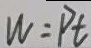
W = P t